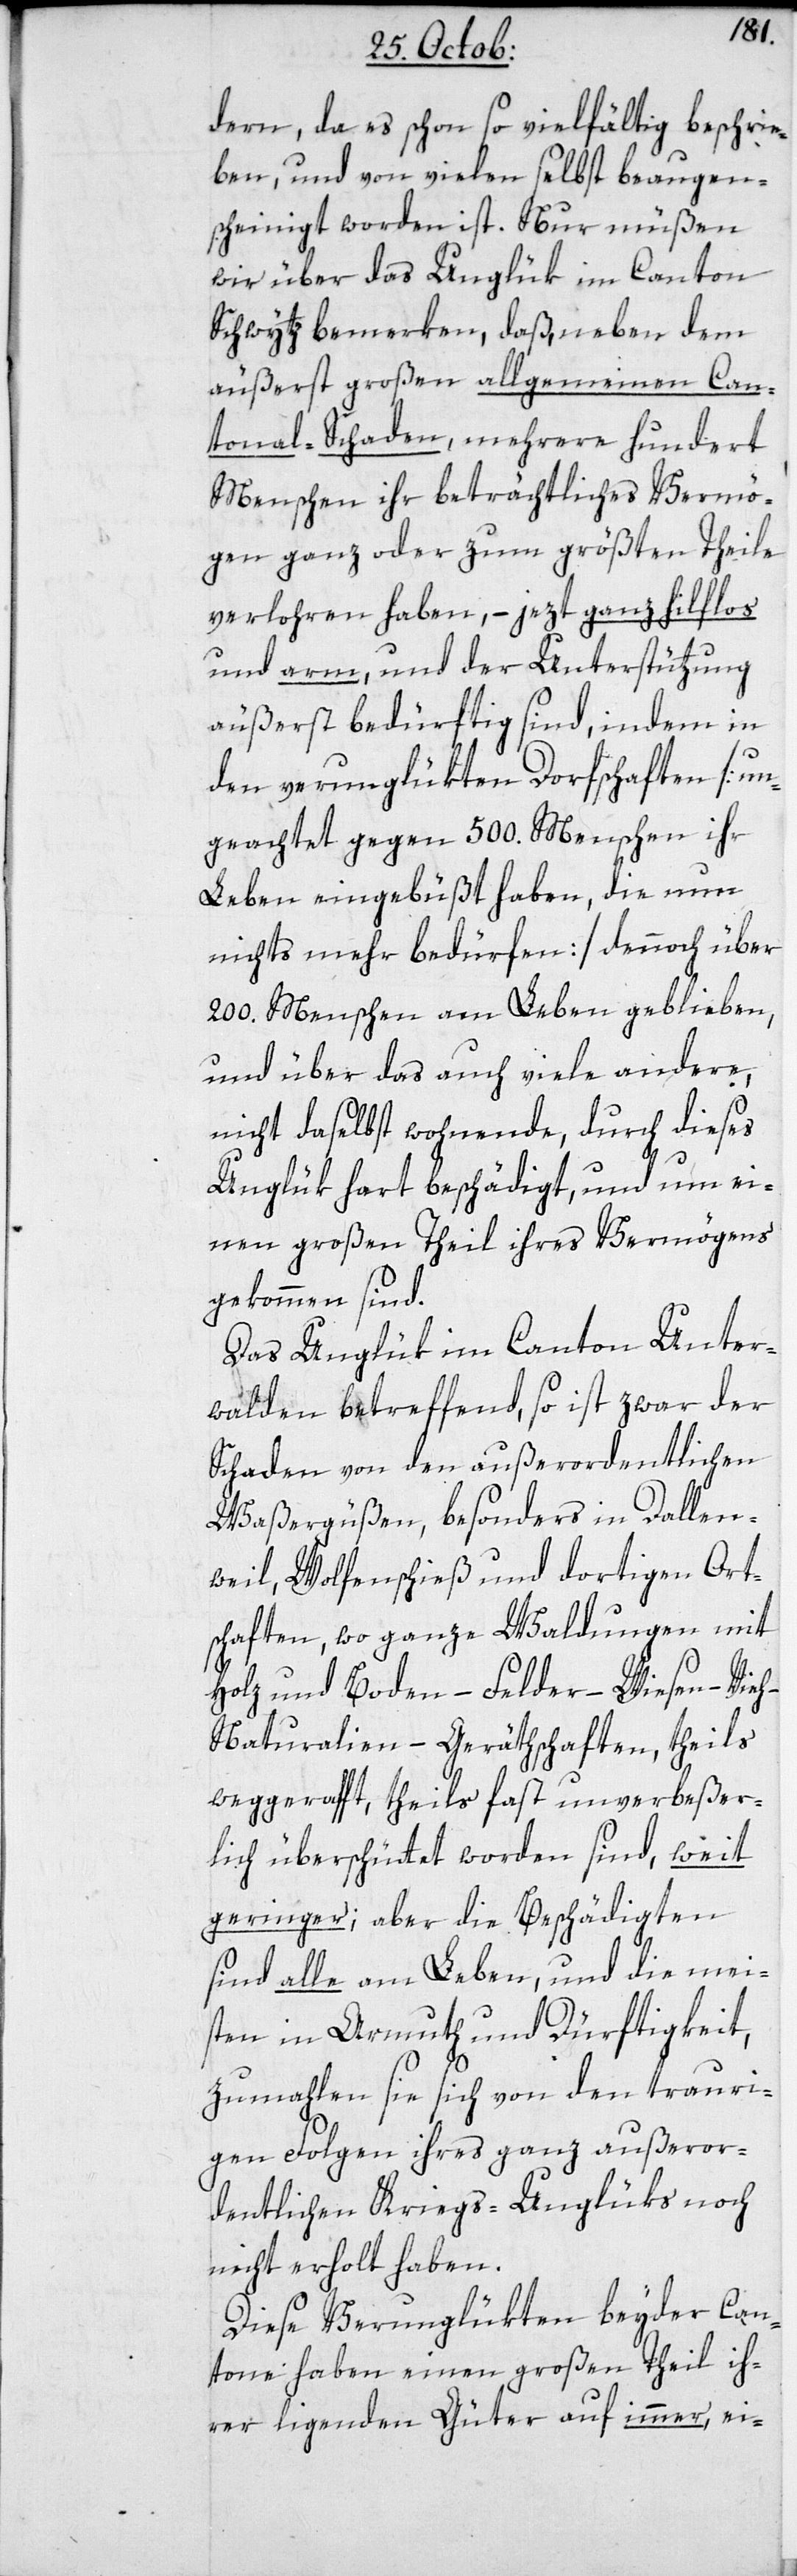
dern, da es schon so vielfältig beschrie¬
ben, und von vielen selbst beaugen¬
scheinigt worden ist. Nur müßen
wir über das Unglük im Canton
Schwytz bemerken, daß, neben dem
äußerst großen allgemeinen Can¬
tonal-Schaden, mehrere hundert
Menschen ihr beträchtliches Vermö¬
gen ganz oder zum größten Theile
verloren haben, – jezt ganz hilflos
und arm, und der Unterstützung
äußerst bedürftig sind, indem in
den verunglükten Dorfschaften [un¬
geachtet gegen 500. Menschen ihr
Leben eingebüßt haben, die nun
nichts mehr bedürfen] dennoch über
200. Menschen am Leben geblieben,
und über das auch viele andere,
nicht daselbst wohnende durch dieses
Unglük hart beschädigt, und um ei¬
nen großen Theil ihres Vermögens
gekommen sind.
Das Unglük im Canton Unter¬
walden betreffend, so ist zwar der
Schaden von den außerordentlichen
Waßergüßen, besonders in Dallen¬
wil, Wolfenschieß und dortigen Ort¬
schaften, wo ganze Waldungen mit
Holz und Boden – Felder – Wiesen – Vieh
Naturalien – Geräthschaften, theils
weggerafft, theils fast unverbeßer¬
lich überschüttet worden sind, weit
geringer; aber die Beschädigten
sind alle am Leben, und die mei¬
sten in Armuth und Dürftigkeit,
zumahlen sie sich von den trauri¬
gen Folgen ihres ganz außeror¬
dentlichen Kriegs-Unglüks noch
nicht erholt haben.
Diese Verunglükten beyder Can¬
tone haben einen großen Theil ih¬
rer liegenden Güter auf immer, ei-